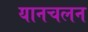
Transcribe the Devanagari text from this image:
यानचलन